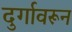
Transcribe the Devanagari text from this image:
दुर्गावरून